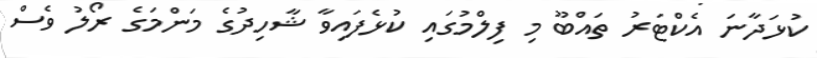
ކުޅަދާނަ އެކްޓަރު ތައްބޫ މި ފިލްމުގައި ކުޅެފައިވާ ޝާހިދުގެ މަންމަގެ ރޯލު ވެސް